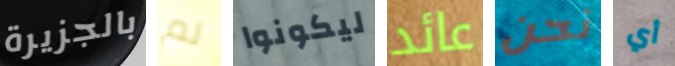
بالجزيرة لم ليكونوا عائد نحن أي